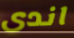
اندى